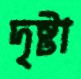
দৃষ্টা